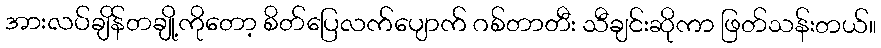
အားလပ်ချိန်တချို့ကိုတော့ စိတ်ပြေလက်ပျောက် ဂစ်တာတီး သီချင်းဆိုကာ ဖြတ်သန်းတယ်။